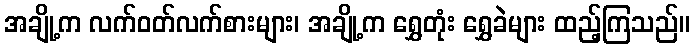
အချို့က လက်ဝတ်လက်စားများ၊ အချို့က ရွှေတုံး ရွှေခဲများ ထည့်ကြသည်။